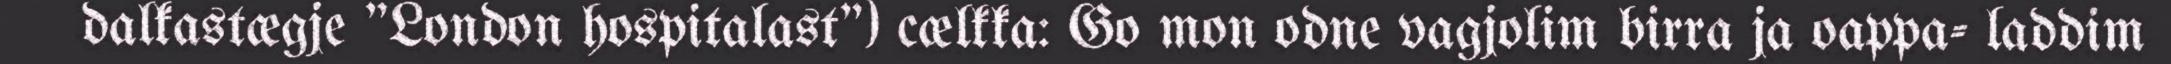
dalkastægje "London hospitalast") cælkka: Go mon odne vagjolim birra ja oappa- laddim